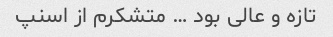
تازه و عالی بود … متشکرم از اسنپ